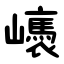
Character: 㠡